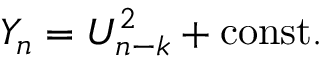
Y _ { n } = U _ { n - k } ^ { 2 } + \mathrm { c o n s t . }